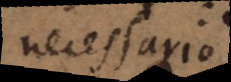
necessario